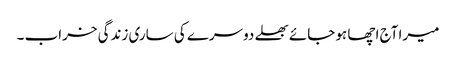
میرا آج اچھا ہو جائے بھلے دوسرے کی ساری زندگی خراب ۔